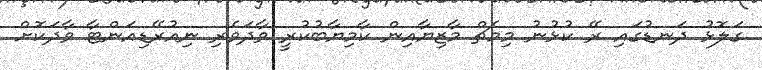
ގަލޮޅު ދަނޑުގައި ރޭ ކުޅުނު މިމެޗް މާޒިޔާއިން ކާމިޔާބުކުރީ ވާދަވެރި ނިއުރޭޑިއަންޓާ ވާދަކޮށް